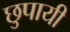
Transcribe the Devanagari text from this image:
छुपायी